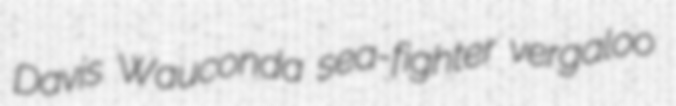
Davis Wauconda sea-fighter vergaloo